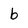
Character: b